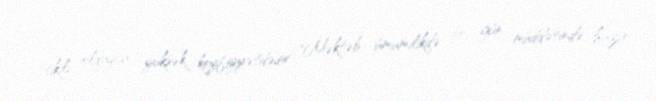
tikili olduqca yüksək keyfiyyətdədir: "Məktəb ümumilikdə 30 gün müddətində hazır